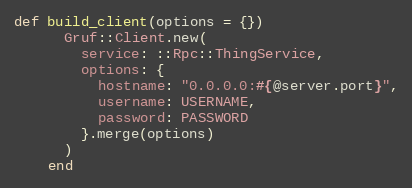
Language: Ruby
def build_client(options = {})
      Gruf::Client.new(
        service: ::Rpc::ThingService,
        options: {
          hostname: "0.0.0.0:#{@server.port}",
          username: USERNAME,
          password: PASSWORD
        }.merge(options)
      )
    end